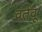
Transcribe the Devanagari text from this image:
वर्तवू